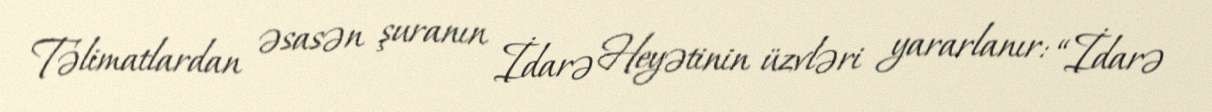
Təlimatlardan əsasən şuranın İdarə Heyətinin üzvləri yararlanır: “İdarə